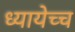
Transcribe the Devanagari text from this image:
ध्यायेच्च